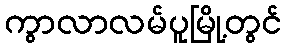
ကွာလာလမ်ပူမြို့တွင်